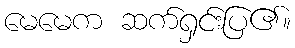
မေမေက ဆက်ရှင်းပြ၏။